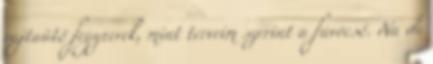
rajtaütő fegyverek, mint terveim szerint a fúvócső. Na de